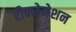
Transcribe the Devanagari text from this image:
रीक्लेमेशन